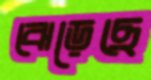
ঝেড়েছে